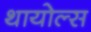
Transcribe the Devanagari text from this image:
थायोल्स